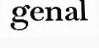
genal